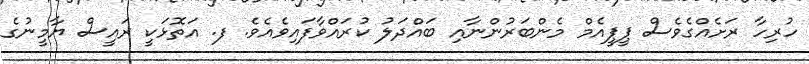
ހުރިހާ ރަށެއްގެވެސް ޕީޕީއެމް މެންބަރުންނާއި ބައްދަލު ކުރައްވާފައިވެއެވެ. ފ. އަތޮޅަކީ ރައީސް ޔާމީނުގެ